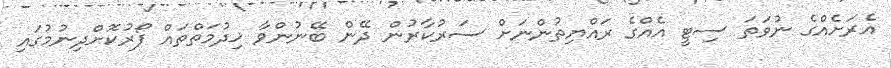
އެރަށެއްގެ ނުވަތަ ސިޓީ އެއްގެ ރައްޔިތުންނަށް ސަރުކާރުން ދޭން ބޭނުންވާ ޚިދުމަތްތައް ފޯރުކޮށްދިނުމުގައި